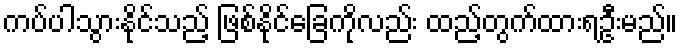
ကပ်ပါသွားနိုင်သည့် ဖြစ်နိုင်ခြေကိုလည်း ထည့်တွက်ထားရဦးမည်။